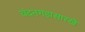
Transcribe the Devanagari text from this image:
चंदनगडासारखे